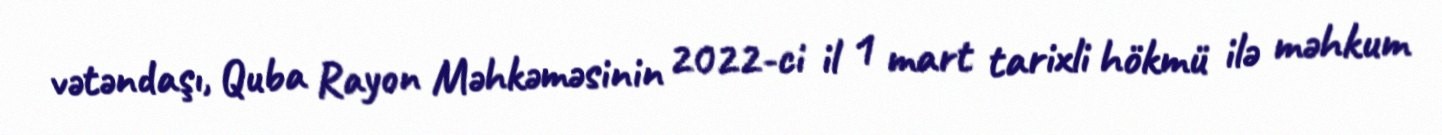
vətəndaşı, Quba Rayon Məhkəməsinin 2022-ci il 1 mart tarixli hökmü ilə məhkum